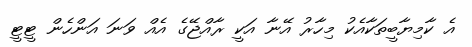
އެ ކާމިޔާބީތަކާއެކު މިހާރު އޭނާ އަކީ ރާއްޖޭގެ އެއް ވަނަ އަންހެން ޓީޓީ